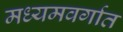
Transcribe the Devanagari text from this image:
मध्यमवर्गात